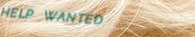
HELP WANTED